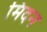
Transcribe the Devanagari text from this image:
मिदन